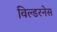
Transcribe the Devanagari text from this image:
विल्डरनेस